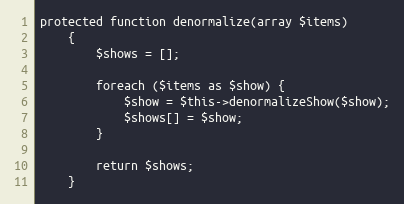
Language: PHP
protected function denormalize(array $items)
    {
        $shows = [];

        foreach ($items as $show) {
            $show = $this->denormalizeShow($show);
            $shows[] = $show;
        }

        return $shows;
    }